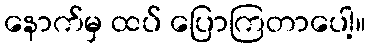
နောက်မှ ထပ် ပြောကြတာပေါ့။